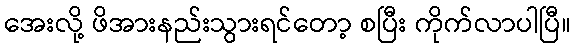
အေးလို့ ဖိအားနည်းသွားရင်တော့ စပြီး ကိုက်လာပါပြီ။